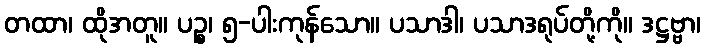
တထာ၊ ထိုအတူ။ ပဉ္စ၊ ၅-ပါးကုန်သော။ ပသာဒါ၊ ပသာဒရုပ်တို့ကို။ ဒဋ္ဌဗ္ဗာ၊